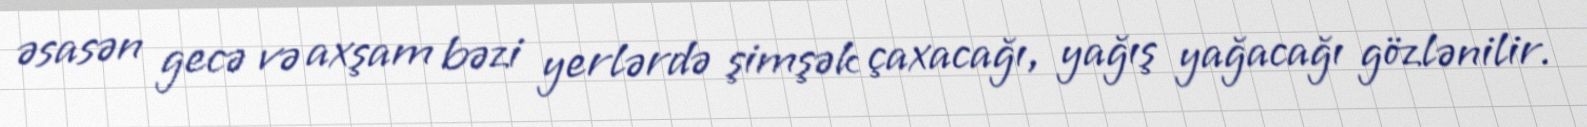
əsasən gecə və axşam bəzi yerlərdə şimşək çaxacağı, yağış yağacağı gözlənilir.